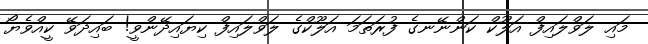
މައި ލަވްލައިފް އަލޫކް ކަންނޭނގެ ފުރަތަމަ އަލޫކްގެ ލަވްލައިފް ކިޔައިދޭންވީ! ބައިދަވޭ ކީއްވެޔޯ